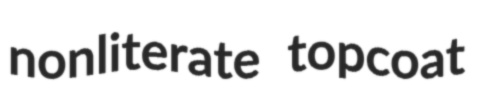
nonliterate topcoat